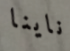
ناينا